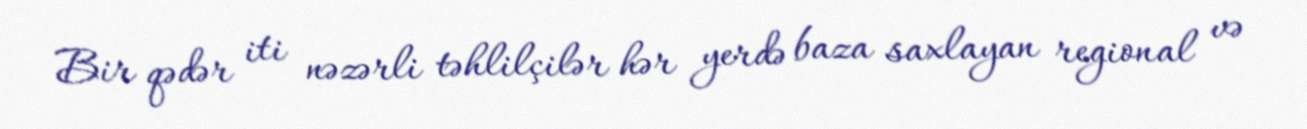
Bir qədər iti nəzərli təhlilçilər hər yerdə baza saxlayan regional və